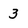
Character: 3